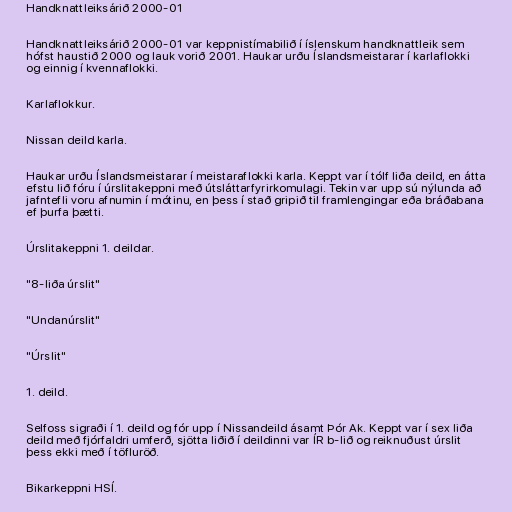
Handknattleiksárið 2000-01

Handknattleiksárið 2000-01 var keppnistímabilið í íslenskum handknattleik sem
hófst haustið 2000 og lauk vorið 2001. Haukar urðu Íslandsmeistarar í karlaflokki
og einnig í kvennaflokki.

Karlaflokkur.

Nissan deild karla.

Haukar urðu Íslandsmeistarar í meistaraflokki karla. Keppt var í tólf liða deild, en átta
efstu lið fóru í úrslitakeppni með útsláttarfyrirkomulagi. Tekin var upp sú nýlunda að
jafntefli voru afnumin í mótinu, en þess í stað gripið til framlengingar eða bráðabana
ef þurfa þætti.

Úrslitakeppni 1. deildar.

"8-liða úrslit"

"Undanúrslit"

"Úrslit"

1. deild.

Selfoss sigraði í 1. deild og fór upp í Nissandeild ásamt Þór Ak. Keppt var í sex liða
deild með fjórfaldri umferð, sjötta liðið í deildinni var ÍR b-lið og reiknuðust úrslit
þess ekki með í töfluröð.

Bikarkeppni HSÍ.